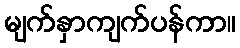
မျက်နှာကျက်ပန်ကာ။